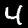
Label: 4